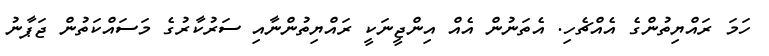
ހަމަ ރައްޔިތުންގެ އެއްޗެހި. އެތަނުން އެއް އިންޖީނަކީ ރައްޔިތުންނާއި ސަރުކާރުގެ މަސައްކަތުން ޖަޕާނު